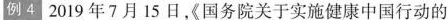
例4 2019年7月15日《国务院关于实施健康中国行动的